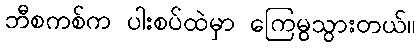
ဘီစကစ်က ပါးစပ်ထဲမှာ ကြေမွသွားတယ်။